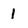
Character: 1